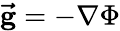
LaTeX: \mathbf{\vec{g}}=-\nabla\Phi